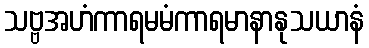
သဗ္ဗအဟံကာရမမံကာရမာနာနုသယာနံ